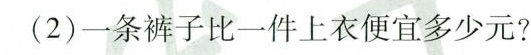
(2)一条裤子比一件上衣便宜多少元?